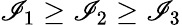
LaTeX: \mathscr{I}_{1}\geq\mathscr{I}_{2}\geq\mathscr{I}_{3}